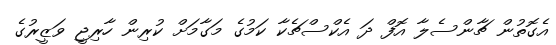
އެގޮތުން ޗާންސެލާ އޮފް ދަ އެކްސްޗެކާ ކަމުގެ މަގާމަށް ކުރިން ހާރިޖީ ވަޒީރުގެ